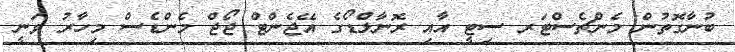
ބުނާގޮތުން މެންޗެސްޓަރ ސިޓީ އާއި ރޮނާލްޑޯގެ އޭޖެންޓް ޖޯޖް މެންޑެސް މިހާރު ވަނީ